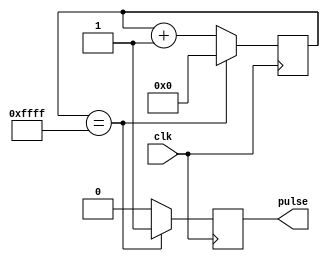
module simple_pulse_generator (
    input wire clk,
    output reg pulse
);

reg [15:0] counter;
parameter PULSE_WIDTH = 16'hFFFF; // Define the pulse width value

always @ (posedge clk) begin
    if (counter == PULSE_WIDTH) begin
        pulse <= 1'b1; // Set pulse high when counter reaches pulse width
        counter <= 0;
    end else begin
        pulse <= 1'b0; // Set pulse low otherwise
        counter <= counter + 1; // Increment counter
    end
end

endmodule